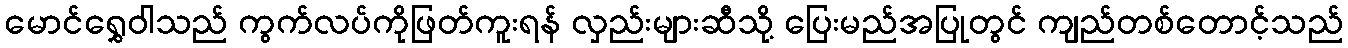
မောင်ရွှေဝါသည် ကွက်လပ်ကိုဖြတ်ကူးရန် လှည်းများဆီသို့ ပြေးမည်အပြုတွင် ကျည်တစ်တောင့်သည်